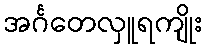
အင်္ဂတေလှူရကျိုး